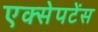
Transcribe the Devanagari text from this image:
एक्सेपटेंस